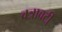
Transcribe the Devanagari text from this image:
वत्रावटी